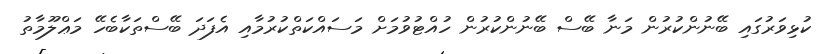
ކުޅިވަރުގައި ބޭނުންކުރުން މަނާ ބޭސް ބޭނުންކުރުން ހުއްޓުވުމަށް މަސައްކަތްކުރުމާއި އެފަދަ ބޭސްތަކާބެހޭ މަޢްލޫމާތު